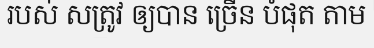
របស់ សត្រូវ ឲ្យបាន ច្រើន បំផុត តាម